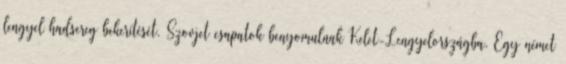
lengyel hadsereg bekerítését. Szovjet csapatok benyomulnak Kelet-Lengyelországba. Egy német